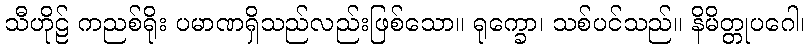
သီဟိုဠ် ကညစ်ရိုး ပမာဏရှိသည်လည်းဖြစ်သော။ ရုက္ခော၊ သစ်ပင်သည်။ နိမိတ္တုပဂေါ၊